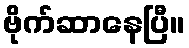
ဗိုက်ဆာနေပြီ။